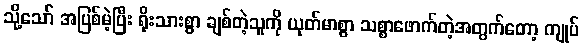
သို့သော် အပြစ်မဲ့ပြီး ရိုးသားစွာ ချစ်တဲ့သူကို ယုတ်မာစွာ သစ္စာဖောက်တဲ့အတွက်တော့ ကျုပ်